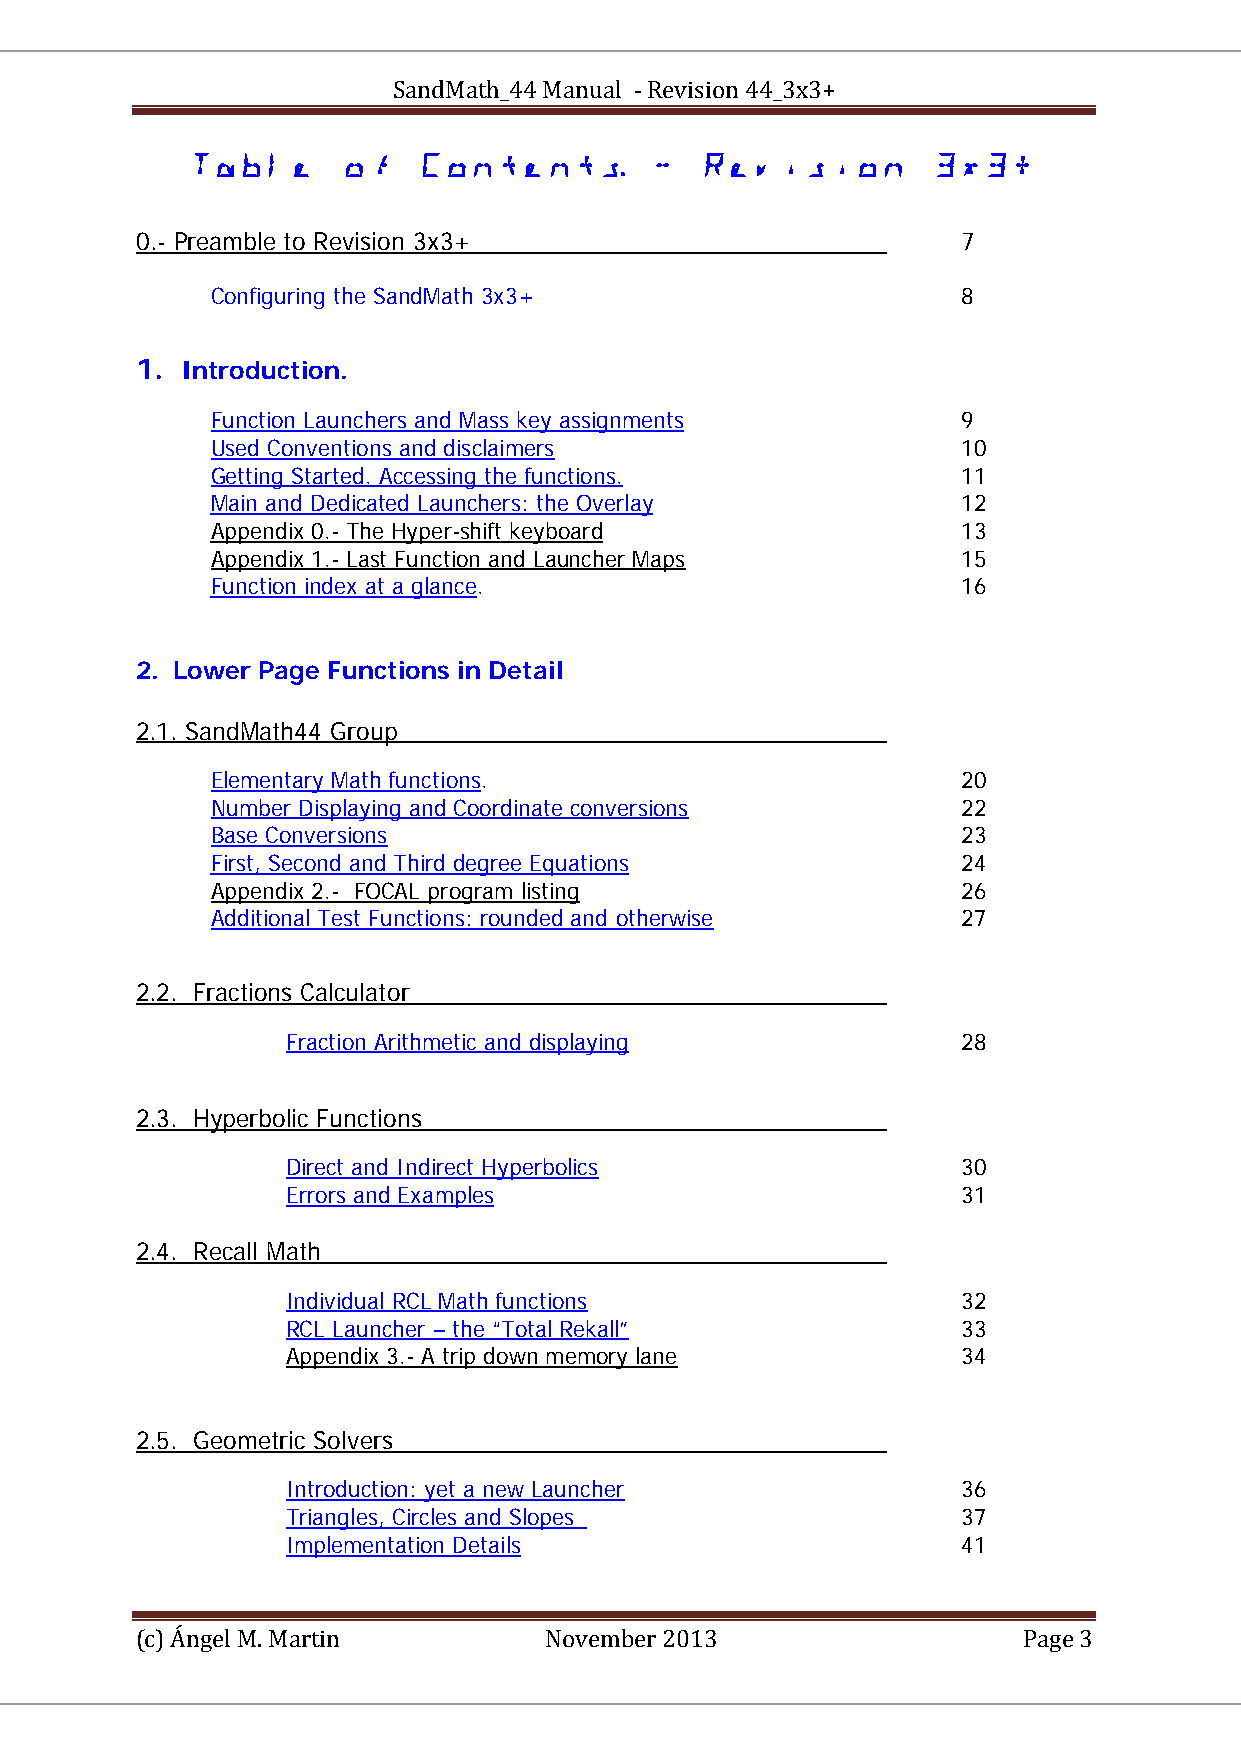
SandMath_44 Manual - Revision 44_3x3+
                         
 0.- Preamble to Revision 3x3+                          7
 Configuring the SandMath 3x3+                     8
 1. Introduction.
 Function Launchers and Mass key assignments       9
 HHTUTU                         UUTTHH
 Used Conventions and disclaimers                  10
 HHTUTU                 UUTTHH
 Getting Started. Accessing the functions.         11
 HHTUTU                     UUTTHH
 Main and Dedicated Launchers: the Overlay         12
 HHTUTU                       UUTTHH
 Appendix 0.- The Hyper-shift keyboard             13
 HHTUTU
 Appendix 1.- Last Function and Launcher Maps      15
 A
 Function index at a glance.                       16
 HHTUTU            UUTTHH
 2. Lower Page Functions in Detail
 2.1. SandMath44 Group
 UU
 Elementary Math functions.                        20
 HHTUTU            UUTTHH
 Number Displaying and Coordinate conversions      22
 HHTUTU                          UUTTHH
 Base Conversions                                  23
 HHTUTU      UUTTHH
 First, Second and Third degree Equations          24
 HHTUTU                      UUTTHH
 Appendix 2.- FOCAL program listing                26
 HHTUTU                  UUTTHH
 Additional Test Functions: rounded and otherwise  27
 HHTUTU                           UUTTHH
 2.2. Fractions Calculator
 UU
 Fraction Arithmetic and displaying           28
 HHTUTU                 UUTTHH
 2.3. Hyperbolic Functions
 UU
 Direct and Indirect Hyperbolics              30
 HHTUTU               UUTTHH
 Errors and Examples                          31
 HHTUTU        UUTTHH
 2.4. Recall Math
 UU
 Individual RCL Math functions                32
 HHTUTU              UUTTHH
 RCL Launcher – the “Total Rekall”            33
 HHTUTU                 UUTTHH
 Appendix 3.- A trip down memory lane         34
 HHTUTU                    UUTTHH
 2.5. Geometric Solvers
 Introduction: yet a new Launcher             36
 HHTUTU                UUTT
 Triangles, Circles and Slopes                37
 TTT
 Implementation Details                       41
 (c) Ángel M. Martin        November 2013                   Page 3